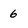
Character: 6